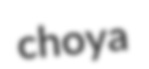
choya